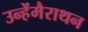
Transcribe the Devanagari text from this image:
उन्हेंमैराथन